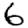
Digit: 6